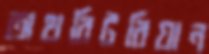
অথরিটরিয়ান